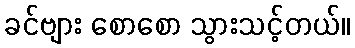
ခင်ဗျား စောစော သွားသင့်တယ်။